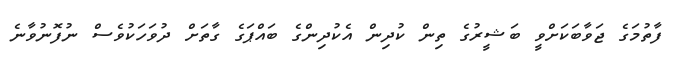
ފާތުމަގެ ޖަވާބަކަށްވީ ބަޝީރުގެ ތިން ކުދިން އެކުދިންގެ ބައްޕަގެ ގާތަށް ދުވަހަކުވެސް ނުފޮނުވާނެ